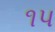
૧પ